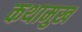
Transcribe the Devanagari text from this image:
कथामुख